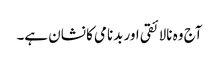
آج وہ نالائقی اور بدنامی کا نشان ہے۔